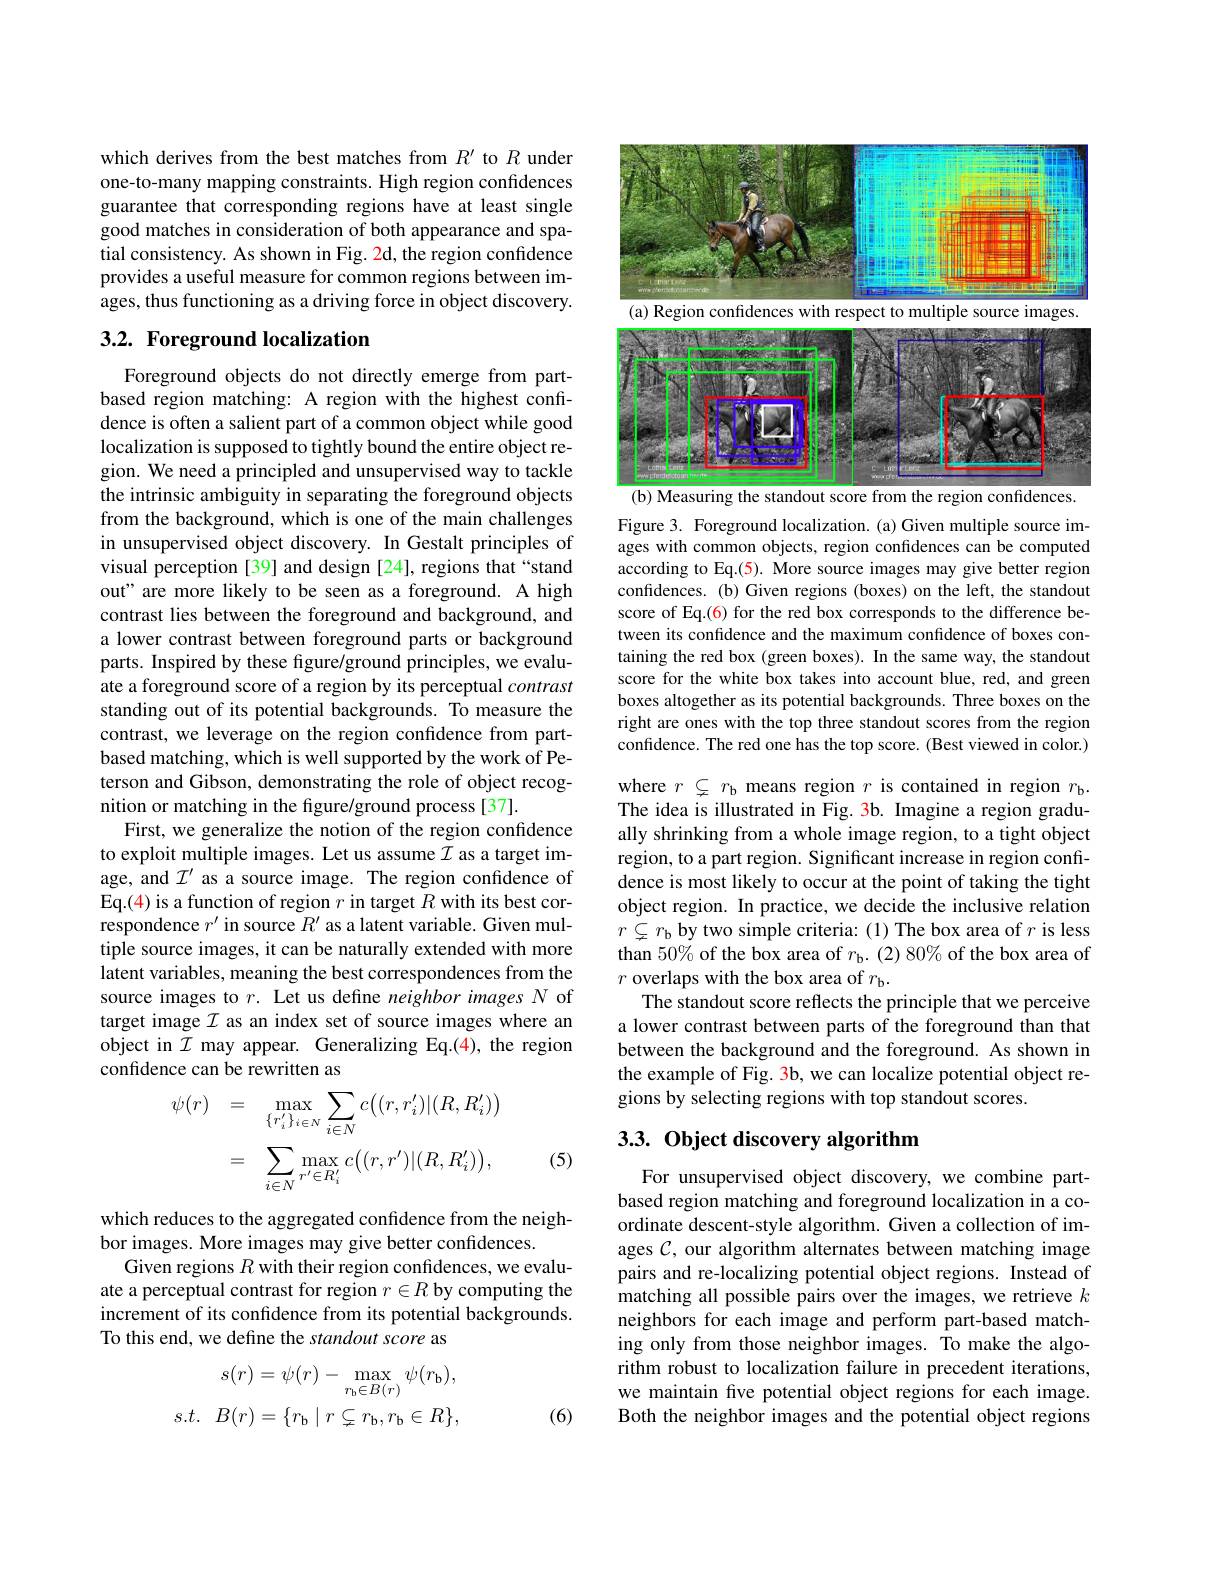
which derives from the best matches from $R^\prime$ to $R$ under one-to-many mapping constraints. High region confidences guarantee that corresponding regions have at least single good matches in consideration of both appearance and spatial consistency. As shown in Fig. 2d, the region confidence provides a useful measure for common regions between images, thus functioning as a driving force in object discovery.

## 3.2. Foreground localization

Foreground objects do not directly emerge from partbased region matching: A region with the highest confidence is often a salient part of a common object while good localization is supposed to tightly bound the entire object region. We need a principled and unsupervised way to tackle the intrinsic ambiguity in separating the foreground objects from the background, which is one of the main challenges in unsupervised object discovery. In Gestalt principles of visual perception[39] and design [24], regions that“stand out" are more likely to be seen as a foreground. A high contrast lies between the foreground and background, and a lower contrast between foreground parts or background parts. Inspired by these figure/ground principles, we evaluate a foreground score of a region by its perceptual contrast standing out of its potential backgrounds. To measure the contrast, we leverage on the region confdence from partbased matching, which is well supported by the work of Peterson and Gibson, demonstrating the role of object recognition or matching in the figure/ground process [37].
First, we generalize the notion of the region confidence to exploit multiple images. Let us assume $I$ as a target image, and $\mathcal{I}^\prime$ as a source image. The region confidence of Eq.(4) is a function of region $r$ in target $R$ with its best correspondence $r^\prime$ in source $R^\prime$ as a latent variable. Given multiple source images, it can be naturally extended with more latent variables, meaning the best correspondences from the source images to $r.$ Let us define neighbor images $N$ of target image $\mathcal{I}$ as an index set of source images where an object in $\mathcal{I}$ may appear. Generalizing Eq.(4), the region confidence can be rewritten as
$$\begin{aligned}\psi(r)&=\quad\max_{\{r_{i}^{\prime}\}_{i\in N}}\sum_{i\in N}c\big((r,r_{i}^{\prime})|(R,R_{i}^{\prime})\big)\\&=\quad\sum_{i\in N}\max_{r^{\prime}\in R_{i}^{\prime}}c\big((r,r^{\prime})|(R,R_{i}^{\prime})\big),\end{aligned}$$
(5)

which reduces to the aggregated confidence from the neigh-
bor images. More images may give better confidences.
Given regions $R$ with their region confidences, we evaluate a perceptual contrast for region $r\in R$ by computing the increment of its confidence from its potential backgrounds. To this end, we define the standout score as
$$\begin{aligned}s(r)&=\psi(r)-\max_{r_{\mathrm{b}}\in B(r)}\psi(r_{\mathrm{b}}),\\s.t.&B(r)=\{r_{\mathrm{b}}\mid r\subsetneq r_{\mathrm{b}},r_{\mathrm{b}}\in R\},\end{aligned}$$
(6)

<FigureHere>

Figure 3. Foreground localization. (a) Given multiple source images with common objects, region confidences can be computed according to Eq.(5). More source images may give better region confidences. (b) Given regions (boxes) on the left, the standout score of Eq.(6) for the red box corresponds to the difference between its confidence and the maximum confidence of boxes containing the red box (green boxes). In the same way, the standout score for the white box takes into account blue, red, and green boxes altogether as its potential backgrounds. Three boxes on the right are ones with the top three standout scores from the region confidence. The red one has the top score. (Best viewed in color.) where $r\subsetneq r_{\mathrm{b}}$ means region $r$ is contained in region $r_\mathrm{b}.$ The idea is illustrated in Fig. 3b. Imagine a region gradually shrinking from a whole image region, to a tight object region, to a part region. Significant increase in region confidence is most likely to occur at the point of taking the tight object region. In practice, we decide the inclusive relation $r\subsetneq r_{\mathrm{b}}$ by two simple criteria:(1) The box area of $r$ is less than $50\%$ of the box area of $r_\mathrm{b}.(2)80\%$ of the box area of $r$ overlaps with the box area of $r_\mathrm{b}.$
The standout score reflects the principle that we perceive a lower contrast between parts of the foreground than that between the background and the foreground. As shown in the example of Fig. 3b, we can localize potential object regions by selecting regions with top standout scores.

## 3.3. Object discovery algorithm

For unsupervised object discovery, we combine partbased region matching and foreground localization in a coordinate descent-style algorithm. Given a collection of images $\mathcal{C}$, our algorithm alternates between matching image pairs and re-localizing potential object regions. Instead of $\hat{\text{matching all possible pairs over the images, we retrieve }k}$ neighbors for each image and perform part-based matching only from those neighbor images. To make the algorithm robust to localization failure in precedent iterations, we maintain fve potential object regions for each image. Both the neighbor images and the potential object regions